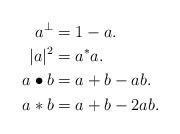
LaTeX: \begin{align*}a^\perp&=1-a.\\|a|^2&=a^*a.\\a\bullet b&=a+b-ab.\\a*b&=a+b-2ab.\end{align*}